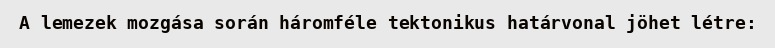
A lemezek mozgása során háromféle tektonikus határvonal jöhet létre: